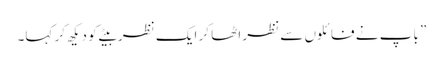
” باپ نے فائلوں سے نظر اٹھا کر ایک نظر بیٹے کو دیکھ کر کہا۔